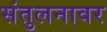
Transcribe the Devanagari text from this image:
संतुलनावर